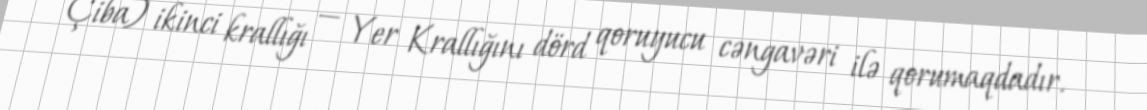
Çiba) ikinci krallığı — Yer Krallığını dörd qoruyucu cəngavəri ilə qorumaqdadır.